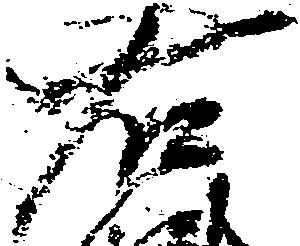
右